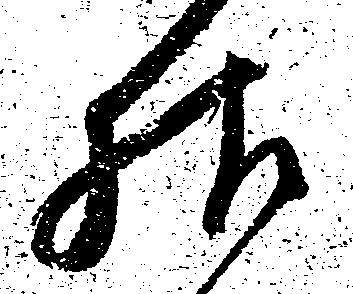
様